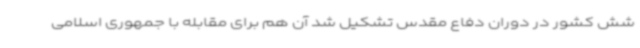
شش کشور در دوران دفاع مقدس تشکیل شد آن هم برای مقابله با جمهوری اسلامی